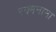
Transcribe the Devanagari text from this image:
रज़्मनामा